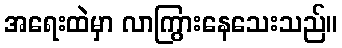
အရေးထဲမှာ လာကြွားနေသေးသည်။